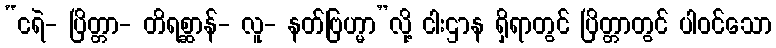
“ငရဲ- ပြိတ္တာ- တိရစ္ဆာန်- လူ- နတ်ဗြဟ္မာ”လို့ ငါးဌာန ရှိရာတွင် ပြိတ္တာတွင် ပါဝင်သော